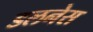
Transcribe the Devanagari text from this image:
डलनेस